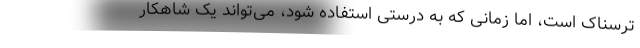
ترسناک است، اما زمانی که به درستی استفاده شود، می‌تواند یک شاهکار